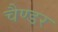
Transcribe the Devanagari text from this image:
चैण्डर